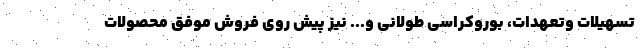
تسهیلات وتعهدات، بوروکراسی طولانی و... نیز پیش روی فروش موفق محصولات